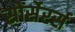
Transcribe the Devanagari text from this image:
सोंर्सेरर्स